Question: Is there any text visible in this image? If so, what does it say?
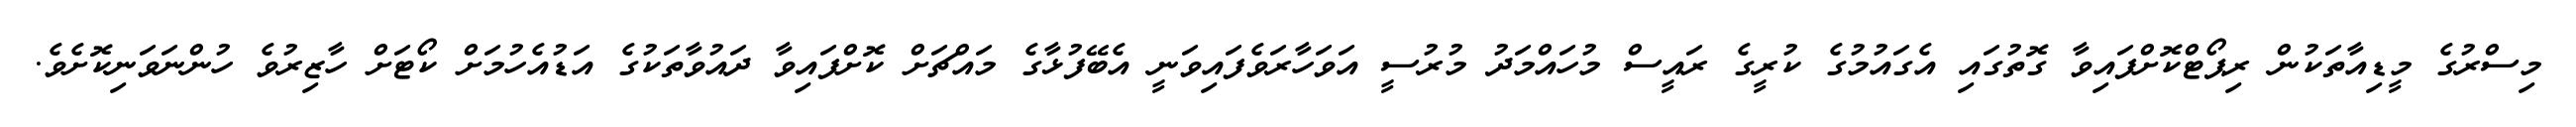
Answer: މިސްރުގެ މީޑިއާތަކުން ރިޕޯޓްކޮށްފައިވާ ގޮތުގައި އެގައުމުގެ ކުރީގެ ރައީސް މުހައްމަދު މުރުސީ އަވަހާރަވެފައިވަނީ އެބޭފުޅާގެ މައްޗަށް ކޮށްފައިވާ ދައުވާތަކުގެ އަޑުއެހުމަށް ކޯޓަށް ހާޒިރުވެ ހުންނަވަނިކޮށެވެ.